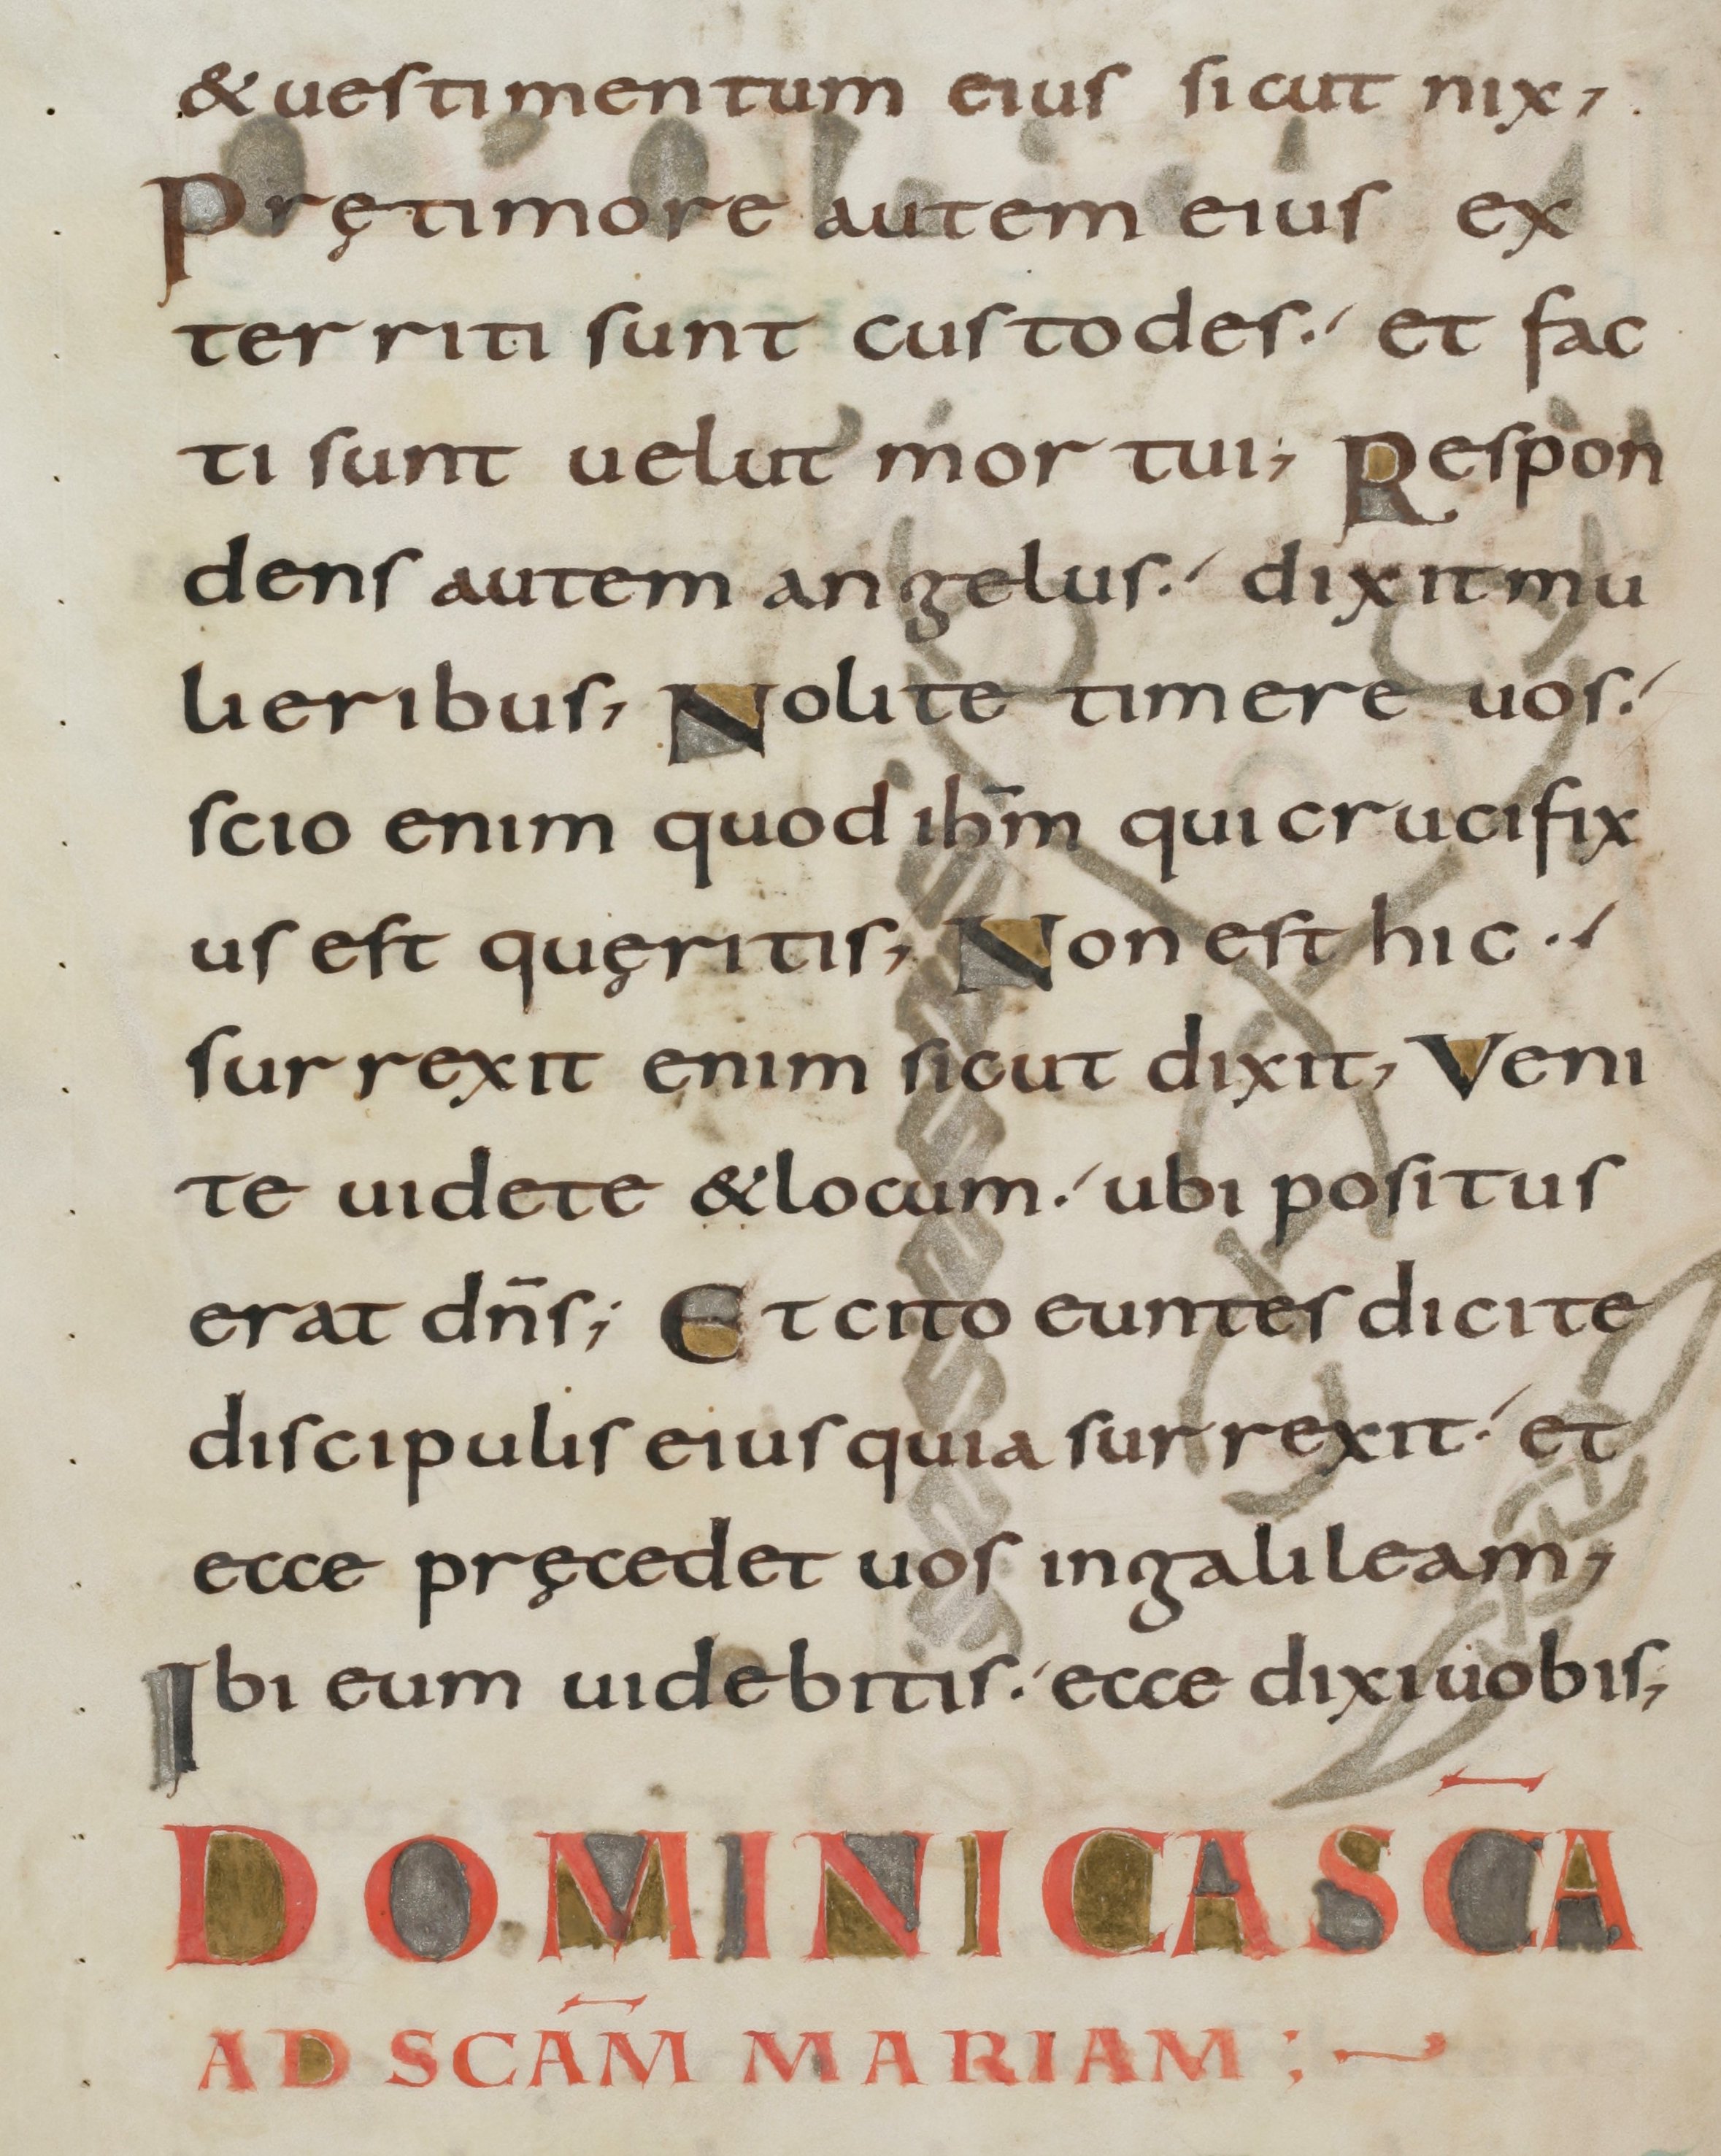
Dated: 800–899